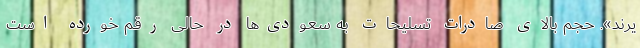
یرند». حجم بالای صادرات تسلیحات به سعودی‌ها در حالی رقم خورده است